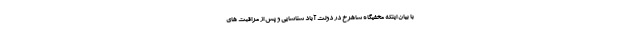
با بیان اینکه مخفیگاه شاهرخ در دولت آباد شناسایی و پس از مراقبت های